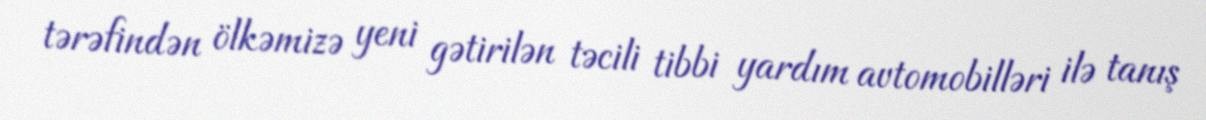
tərəfindən ölkəmizə yeni gətirilən təcili tibbi yardım avtomobilləri ilə tanış